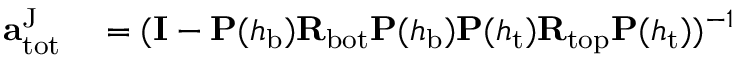
\begin{array} { r l } { \mathbf { a } _ { \mathrm { t o t } } ^ { \mathrm { J } } } & { { } = ( \mathbf { I } - \mathbf { P } ( h _ { \mathrm { b } } ) \mathbf { R } _ { \mathrm { b o t } } \mathbf { P } ( h _ { \mathrm { b } } ) \mathbf { P } ( h _ { \mathrm { t } } ) \mathbf { R } _ { \mathrm { t o p } } \mathbf { P } ( h _ { \mathrm { t } } ) ) ^ { - 1 } } \end{array}